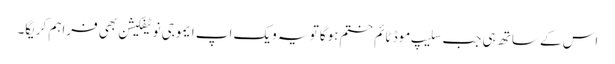
اس کے ساتھ ہی جب سلیپ موڈ ٹائم ختم ہوگا تو یہ ویک اپ ایموجی نوٹیفکیشن بھی فراہم کریگا۔